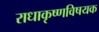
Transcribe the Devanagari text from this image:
राधाकृष्णविषयक